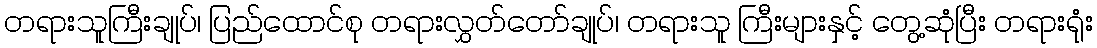
တရားသူကြီးချုပ်၊ ပြည်ထောင်စု တရားလွှတ်တော်ချုပ်၊ တရားသူ ကြီးများနှင့် တွေ့ဆုံပြီး တရားရုံး